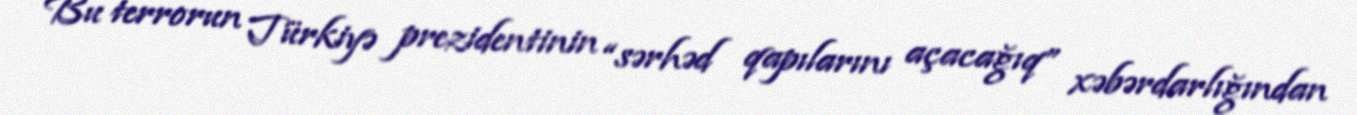
Bu terrorun Türkiyə prezidentinin “sərhəd qapılarını açacağıq” xəbərdarlığından